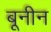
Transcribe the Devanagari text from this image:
बूनीन